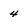
Character: 4